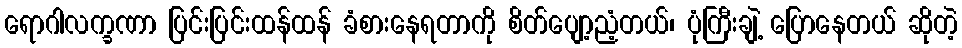
ရောဂါလက္ခဏာ ပြင်းပြင်းထန်ထန် ခံစားနေရတာကို စိတ်ပျော့ညံ့တယ်၊ ပုံကြီးချဲ့ ပြောနေတယ် ဆိုတဲ့